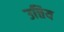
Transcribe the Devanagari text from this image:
उत्तिय